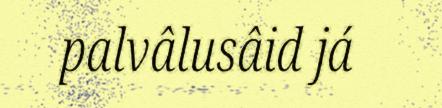
palvâlusâid já